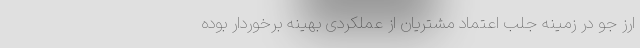
ارز جو در زمینه جلب اعتماد مشتریان از عملکردی بهینه برخوردار بوده